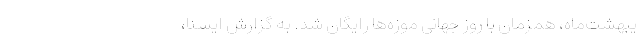
یبهشت‌ماه، همزمان با روز جهانی موزه‌ها رایگان شد. به گزارش ایسنا،